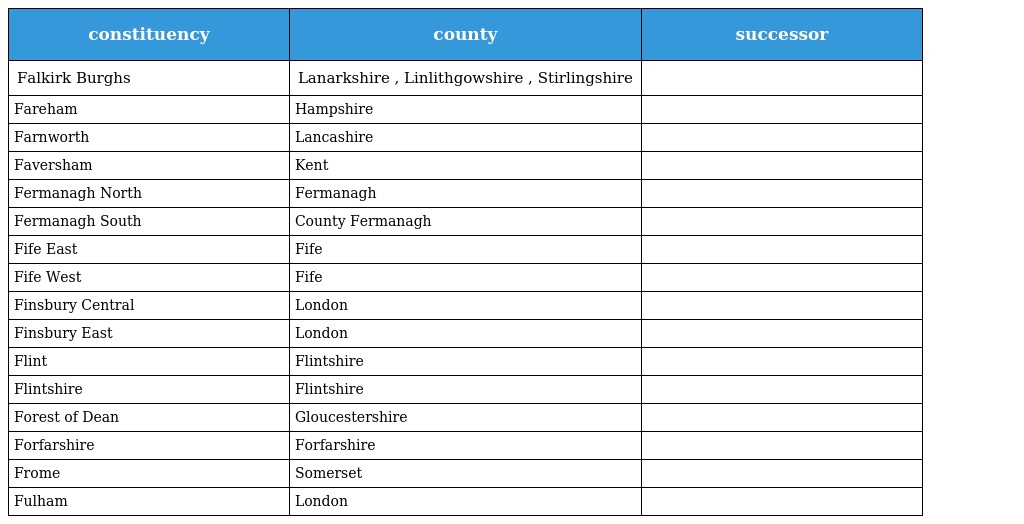
| constituency | county | successor |
 | --- | --- | --- |
 | Falkirk Burghs | Lanarkshire , Linlithgowshire , Stirlingshire |  |
 | Fareham | Hampshire |  |
 | Farnworth | Lancashire |  |
 | Faversham | Kent |  |
 | Fermanagh North | Fermanagh |  |
 | Fermanagh South | County Fermanagh |  |
 | Fife East | Fife |  |
 | Fife West | Fife |  |
 | Finsbury Central | London |  |
 | Finsbury East | London |  |
 | Flint | Flintshire |  |
 | Flintshire | Flintshire |  |
 | Forest of Dean | Gloucestershire |  |
 | Forfarshire | Forfarshire |  |
 | Frome | Somerset |  |
 | Fulham | London |  |